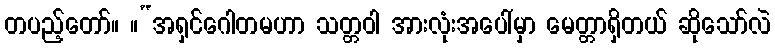
တပည့်တော်။ ။“အရှင်ဂေါတမဟာ သတ္တဝါ အားလုံးအပေါ်မှာ မေတ္တာရှိတယ် ဆိုသော်လဲ